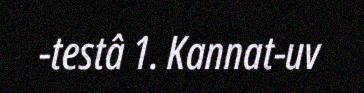
-testâ 1. Kannat-uv